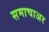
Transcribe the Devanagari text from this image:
समाचाअर